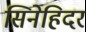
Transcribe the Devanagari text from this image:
सिनेहिदर